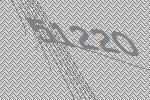
51220